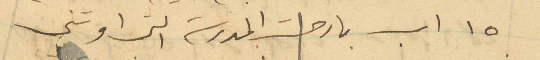
15 اب بارحت المدرسة التي اوتني